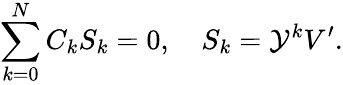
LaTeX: \sum_{k=0}^{N}C_{k}S_{k}=0,\quad S_{k}={\cal Y}^{k}V^{\prime}.